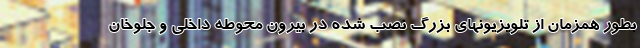
بطور همزمان از تلویزیونهای بزرگ نصب شده در بیرون محوطه داخلی و جلوخان